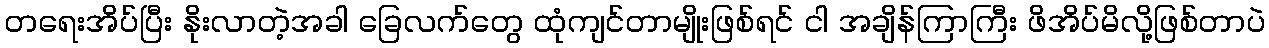
တရေးအိပ်ပြီး နိုးလာတဲ့အခါ ခြေလက်တွေ ထုံကျင်တာမျိုးဖြစ်ရင် ငါ အချိန်ကြာကြီး ဖိအိပ်မိလို့ဖြစ်တာပဲ